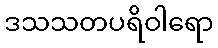
ဒသသတပရိဝါရော